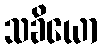
သခိယော